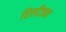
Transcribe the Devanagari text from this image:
रिलीज़न